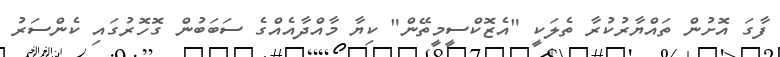
ފާގަ އޮށުން ތައްޔާރުކުރާ ތެލަކީ "އެޒޮކްސީމީތޭން" ކިޔާ މާއްދާއެއްގެ ސަބަބުން ގޮހޮރުގައި ކެންސަރު